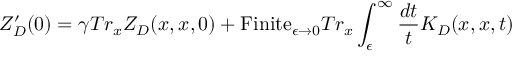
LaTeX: Z _ { D } ^ { \prime } ( 0 ) = \gamma T r _ { x } Z _ { D } ( x , x , 0 ) + \mathrm { F i n i t e } _ { \epsilon \to 0 } T r _ { x } \int _ { \epsilon } ^ { \infty } { \frac { d t } { t } } K _ { D } ( x , x , t )